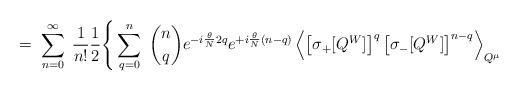
LaTeX: \begin{align*}= \; \sum_{n=0}^\infty \; \frac{1}{n!} \frac{1}{2} \Bigg\{\sum_{q=0}^n \; { n \choose q} e^{-i\frac{\theta}{N}2 q}e^{+i\frac{\theta}{N}(n-q)}\left\langle \left[ \sigma_+[Q^W] \right]^q\left[ \sigma_-[Q^W] \right]^{n-q} \right\rangle_{Q^\mu}\end{align*}